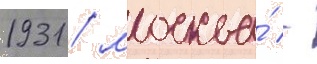
1931 / москва́ -